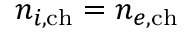
n _ { i , \mathrm { c h } } = n _ { e , \mathrm { c h } }